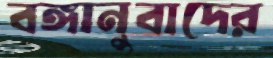
বঙ্গানুবাদের